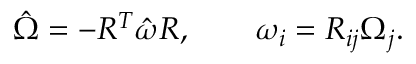
\begin{array} { r } { \hat { \Omega } = - R ^ { T } \hat { \omega } R , \qquad \omega _ { i } = R _ { i j } \Omega _ { j } . } \end{array}